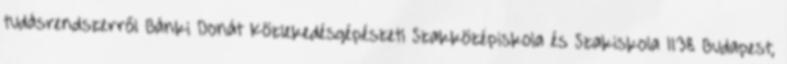
tudásrendszerről Bánki Donát Közlekedésgépészeti Szakközépiskola és Szakiskola 1138 Budapest,